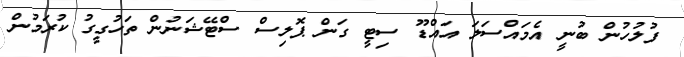
ފުލުހުން ބުނީ އެމައްސަލަ އައްޑޫ ސިޓީ ގަން ޕޮލިސް ސްޓޭޝަނުން ތަހުގީގު ކުރަމުން